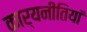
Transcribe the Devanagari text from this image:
कार्यनीतियां